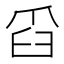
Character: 𦥝